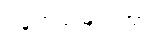
ဝန်ထမ်းများအား